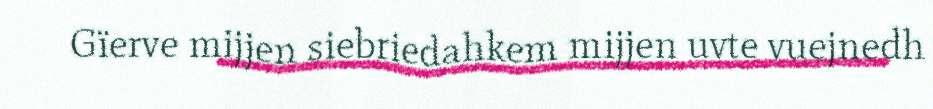
Gïerve mijjen siebriedahkem mijjen uvte vuejnedh